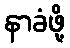
နာခံဖို့